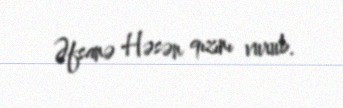
Əfsanə Həsən qızını vurub.